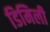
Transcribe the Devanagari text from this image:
डिमिली